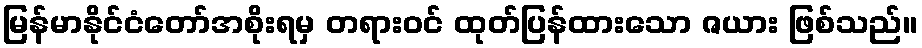
မြန်မာနိုင်ငံတော်အစိုးရမှ တရားဝင် ထုတ်ပြန်ထားသော ဇယား ဖြစ်သည်။